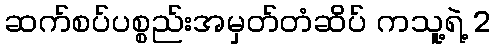
ဆက်စပ်ပစ္စည်းအမှတ်တံဆိပ် ကသူ့ရဲ့ 2